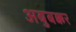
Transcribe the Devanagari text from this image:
अबुबक्कर